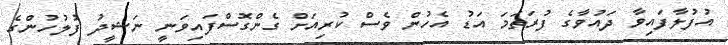
އުފުލާފައިވާ ދައުވާގެ ފުރަތަމަ އަޑު އެހުން ވެސް ކުރިއަށް ގެންގޮސްފައިވަނީ ނަޝީދު ފުލުހުންގެ